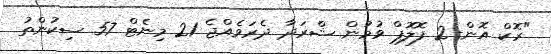
"ރޮކް އޮން-2 ފޮލޮޕް ވުމުން ޝްރަދާ ދެރަވެއްޖެ 21 މިނެޓް 57 ސިކުންތު